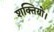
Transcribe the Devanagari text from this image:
शक्तियो।